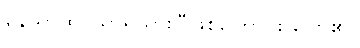
နေသာထိုင်သာရှိသွားပြီဖြစ်ကြောင်း ပြော၏။